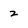
Character: z